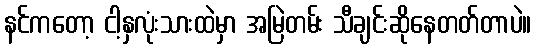
နင်ကတော့ ငါ့နှလုံးသားထဲမှာ အမြဲတမ်း သီချင်းဆိုနေတတ်တာပဲ။